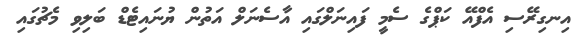
އިނގިރޭސި އެފްއޭ ކަޕްގެ ސެމީ ފައިނަލްގައި އާސެނަލް އަތުން ޔުނައިޓެޑް ބަލިވި މެޗުގައި